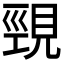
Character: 𮗒